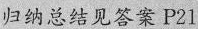
归纳总结见答案 P21